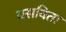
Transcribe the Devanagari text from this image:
बसविता